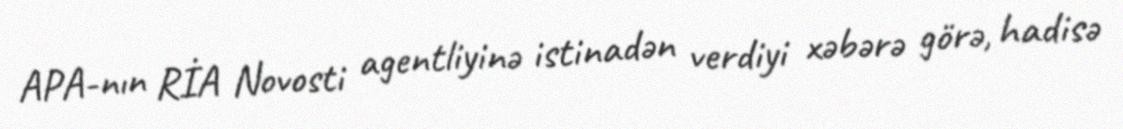
APA-nın RİA Novosti agentliyinə istinadən verdiyi xəbərə görə, hadisə